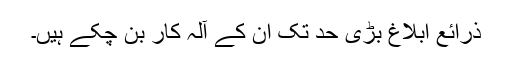
ذرائع ابلاغ بڑی حد تک ان کے آلہ کار بن چکے ہیں۔